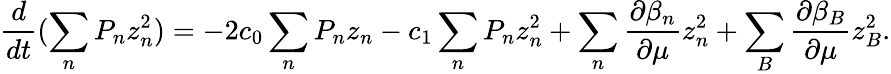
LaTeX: \frac{d}{dt}(\sum_{n}P_{n}z_{n}^{2})=-2c_{0}\sum_{n}P_{n}z_{n}-c_{1}\sum_{n}P_{n}z_{n}^{2}+\sum_{n}\frac{\partial\beta_{n}}{\partial\mu}z_{n}^{2}+\sum_{B}\frac{\partial\beta_{B}}{\partial\mu}z_{B}^{2}.